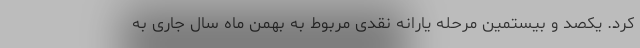
کرد. یکصد و بیستمین مرحله یارانه نقدی مربوط به بهمن ماه سال جاری به